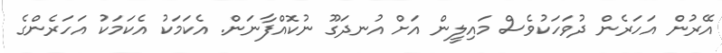
އޭރުން އަހަރެން ދުވަހަކުވެސް މައިލީން އަށް އުނދަގޫ ނުކޮއްފާނަން. އެކަމަކު އެކަމަކު އަހަރެންގެ